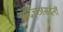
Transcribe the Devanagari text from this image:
सदिच्छासदनीं